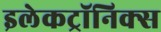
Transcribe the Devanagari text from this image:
इलेकट्रॉनिक्स